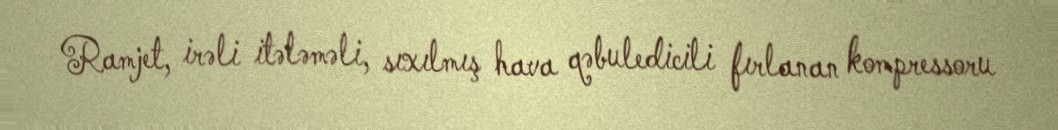
Ramjet, irəli itələməli, sıxılmış hava qəbuledicili fırlanan kompressoru